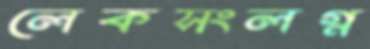
লেকসংলগ্ন